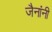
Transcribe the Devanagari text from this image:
जैनांनी